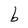
Character: b